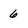
Character: 6